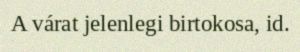
A várat jelenlegi birtokosa, id.